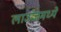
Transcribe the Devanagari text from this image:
लाउंजमध्ये